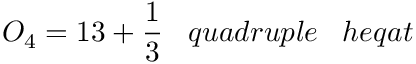
O _ { 4 } = 1 3 + { \frac { 1 } { 3 } } \; \; \; q u a d r u p l e \; \; \; h e q a t